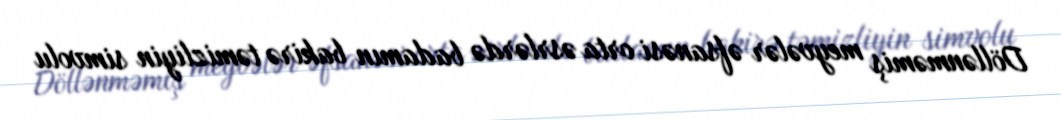
Döllənməmiş meyvələr əfsanəsi orta əsrlərdə badamın bakirə təmizliyin simvolu